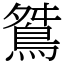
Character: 𪀾